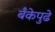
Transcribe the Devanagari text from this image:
बँकेपुढे